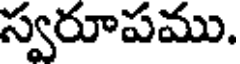
స్వరూపము.